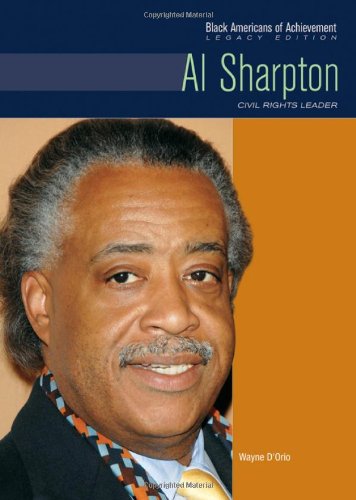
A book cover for Al Sharpton: Civil Rights Leader (Black Americans of Achievement); Wayne D'Orio; Teen & Young Adult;